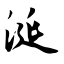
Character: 涎